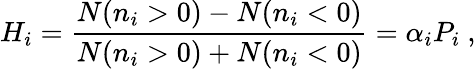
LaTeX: H_{i}={\frac{N(n_{i}>0)-N(n_{i}<0)}{N(n_{i}>0)+N(n_{i}<0)}}=\alpha_{i}P_{i}\ ,